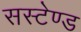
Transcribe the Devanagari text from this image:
सस्टेण्ड